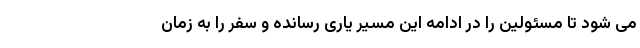
می­ شود تا مسئولین را در ادامه این مسیر یاری رسانده و سفر را به زمان